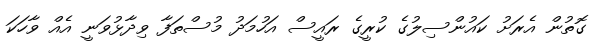
ގޮތުން އެރަށު ކައުންސިލުގެ ކުރީގެ ރައީސް އަހުމަދު މުސްތަފާ ވިދާޅުވަނީ އެއް ވާހަކަ